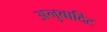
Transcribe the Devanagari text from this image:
अनुवादिट